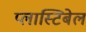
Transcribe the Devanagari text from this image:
प्लास्टिबेल